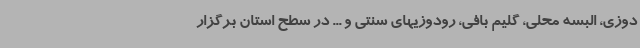
دوزی، البسه محلی، گلیم بافی، رودوزیهای سنتی و ... در سطح استان برگزار